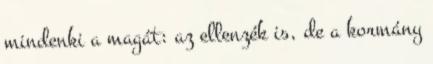
mindenki a magát: az ellenzék is, de a kormány